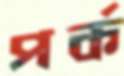
পর্ক